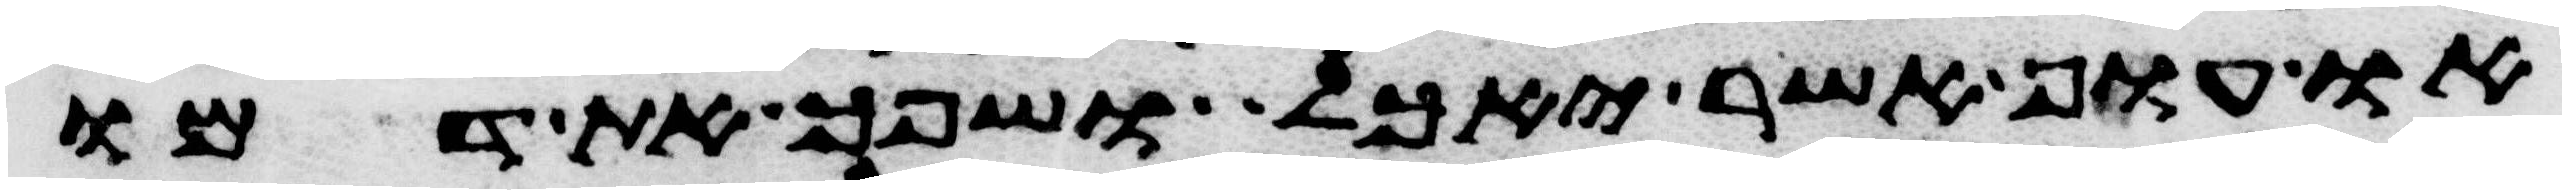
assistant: או עוף אשר יאכל ושפך את דמו